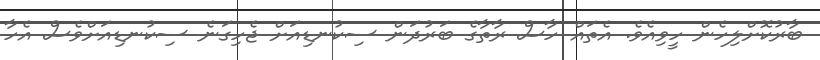
ބާރުކޮށްލިހެން ހީވިއެވެ. އެތައް ހާސް ރާތާގެ ބަރުދަން ސިކުނޑިއަށް ޖެހިގަނެ ސިކުނޑިއަށްވެސް އެހާ